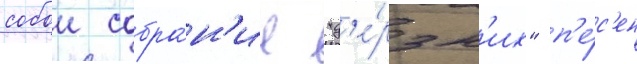
собои собра́н'ие "д'е́рзк'их" п'е́с'ен